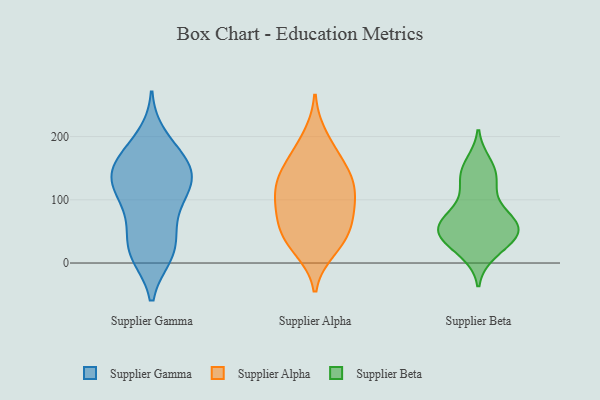
{"axis": {"x": "Population (Million)", "y": "Value"}, "legend": ["Supplier Alpha", "Supplier Beta", "Supplier Gamma"], "data": [{"x": "", "y": 200, "type": "Supplier Gamma"}, {"x": "", "y": 109, "type": "Supplier Gamma"}, {"x": "", "y": 12, "type": "Supplier Gamma"}, {"x": "", "y": 125, "type": "Supplier Gamma"}, {"x": "", "y": 163, "type": "Supplier Gamma"}, {"x": "", "y": 123, "type": "Supplier Gamma"}, {"x": "", "y": 105, "type": "Supplier Gamma"}, {"x": "", "y": 132, "type": "Supplier Gamma"}, {"x": "", "y": 15, "type": "Supplier Gamma"}, {"x": "", "y": 49, "type": "Supplier Gamma"}, {"x": "", "y": 60, "type": "Supplier Gamma"}, {"x": "", "y": 82, "type": "Supplier Gamma"}, {"x": "", "y": 12, "type": "Supplier Gamma"}, {"x": "", "y": 135, "type": "Supplier Gamma"}, {"x": "", "y": 149, "type": "Supplier Gamma"}, {"x": "", "y": 157, "type": "Supplier Gamma"}, {"x": "", "y": 182, "type": "Supplier Gamma"}, {"x": "", "y": 156, "type": "Supplier Gamma"}, {"x": "", "y": 22, "type": "Supplier Gamma"}, {"x": "", "y": 69, "type": "Supplier Alpha"}, {"x": "", "y": 120, "type": "Supplier Alpha"}, {"x": "", "y": 157, "type": "Supplier Alpha"}, {"x": "", "y": 30, "type": "Supplier Alpha"}, {"x": "", "y": 124, "type": "Supplier Alpha"}, {"x": "", "y": 79, "type": "Supplier Alpha"}, {"x": "", "y": 84, "type": "Supplier Alpha"}, {"x": "", "y": 144, "type": "Supplier Alpha"}, {"x": "", "y": 47, "type": "Supplier Alpha"}, {"x": "", "y": 170, "type": "Supplier Alpha"}, {"x": "", "y": 121, "type": "Supplier Alpha"}, {"x": "", "y": 200, "type": "Supplier Alpha"}, {"x": "", "y": 45, "type": "Supplier Alpha"}, {"x": "", "y": 21, "type": "Supplier Alpha"}, {"x": "", "y": 104, "type": "Supplier Alpha"}, {"x": "", "y": 20, "type": "Supplier Beta"}, {"x": "", "y": 67, "type": "Supplier Beta"}, {"x": "", "y": 54, "type": "Supplier Beta"}, {"x": "", "y": 56, "type": "Supplier Beta"}, {"x": "", "y": 77, "type": "Supplier Beta"}, {"x": "", "y": 129, "type": "Supplier Beta"}, {"x": "", "y": 63, "type": "Supplier Beta"}, {"x": "", "y": 157, "type": "Supplier Beta"}, {"x": "", "y": 45, "type": "Supplier Beta"}, {"x": "", "y": 139, "type": "Supplier Beta"}, {"x": "", "y": 42, "type": "Supplier Beta"}, {"x": "", "y": 58, "type": "Supplier Beta"}, {"x": "", "y": 38, "type": "Supplier Beta"}, {"x": "", "y": 119, "type": "Supplier Beta"}, {"x": "", "y": 151, "type": "Supplier Beta"}, {"x": "", "y": 16, "type": "Supplier Beta"}, {"x": "", "y": 45, "type": "Supplier Beta"}, {"x": "", "y": 87, "type": "Supplier Beta"}]}